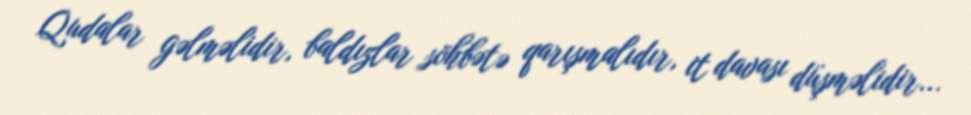
Qudalar gəlməlidir, baldızlar söhbətə qarışmalıdır, it davası düşməlidir...